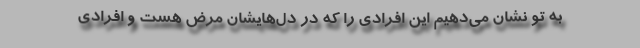
به تو نشان می‌دهیم این افرادی را که در دل‌هایشان مرض هست و افرادی